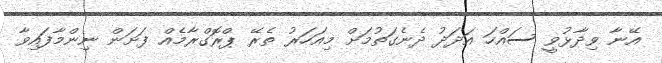
އޭނާ ވިދާޅުވީ ސައްހަ އަދަދު ދެނެގަތުމަށް މިއަހަރު ތެރޭ ޕްރޮގްރާމެއް ފަށަން ނިންމާފައިވާ